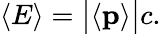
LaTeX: \langle E\rangle={\big|}\langle\mathbf{p}\rangle{\big|}c.